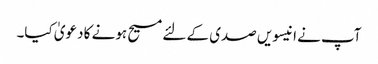
آپ نے انیسویں صدی کے لئے مسیح ہونے کا دعویٰ کیا۔